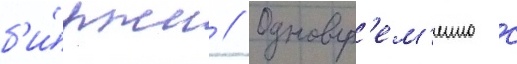
б'и́ржи // Одновр'ем'енно с